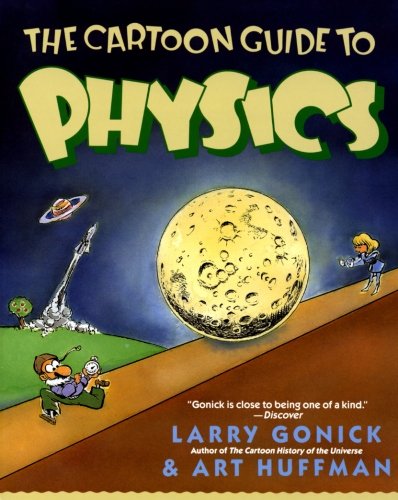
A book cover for The Cartoon Guide to Physics (Cartoon Guide Series); Larry Gonick; Science & Math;